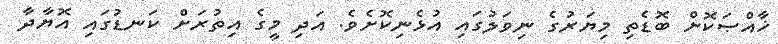
ޚާއްޞަކޮށް ބޮޑެތި މިޔަރުގެ ނިވަލުގައި އުޅެނިކޮށެވެ. އަދި މީގެ އިތުރަށް ކަނޑުގައި އޮޔާދާ